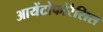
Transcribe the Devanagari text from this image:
आयेंटोफोरैसिस